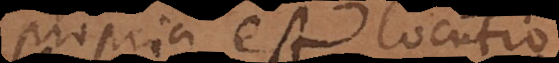
propria est locutio